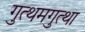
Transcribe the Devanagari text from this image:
गुत्थमगुत्था